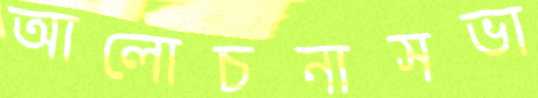
আলোচনাসভা